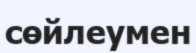
сөйлеумен